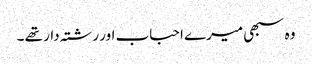
وہ سبھی میرے احباب اور رشتہ دار تھے ۔